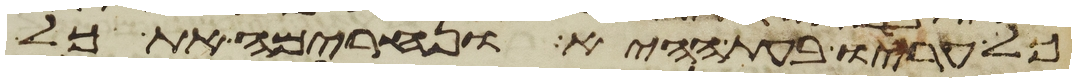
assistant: כל עריו בעת ההיא ונחרימה את כל